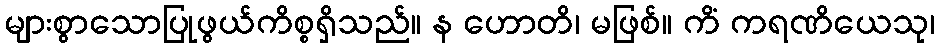
များစွာသောပြုဖွယ်ကိစ္စရှိသည်။ န ဟောတိ၊ မဖြစ်။ ကိံ ကရဏိယေသု၊